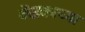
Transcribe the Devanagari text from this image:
केंद्रकाच्या